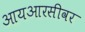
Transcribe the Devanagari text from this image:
आयआरसीवर